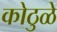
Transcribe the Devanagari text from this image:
कोठुळे